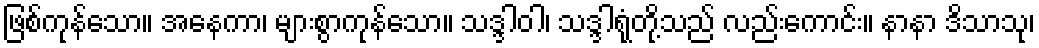
ဖြစ်ကုန်သော။ အနေကာ၊ များစွာကုန်သော။ သဒ္ဒါဝါ၊ သဒ္ဒါရုံတို့သည် လည်းကောင်း။ နာနာ ဒိသာသု၊